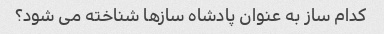
کدام ساز به عنوان پادشاه سازها شناخته می شود؟